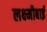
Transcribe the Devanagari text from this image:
लक्ष्‍मीबाई